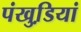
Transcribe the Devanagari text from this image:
पंखुडि़यां